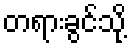
တရားခွင်သို့